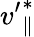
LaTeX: {v^{\prime}}_{\parallel}^{\ast}